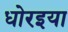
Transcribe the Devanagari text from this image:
धोरइया